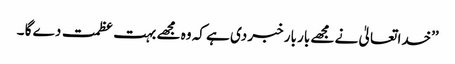
’’خدا تعالیٰ نے مجھے بار بار خبر دی ہے کہ وہ مجھے بہت عظمت دے گا ۔